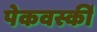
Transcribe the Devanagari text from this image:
पेकवर्स्की